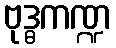
ဗုဒ္ဓကဏ္ဍ